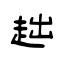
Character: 趉